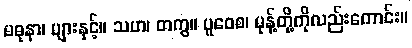
မဓုနာ၊ ပျားနှင့်။ သဟ၊ တကွ။ ပူဝေစ၊ မုန့်တို့ကိုလည်းကောင်း။